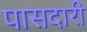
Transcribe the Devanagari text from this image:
पासदारी